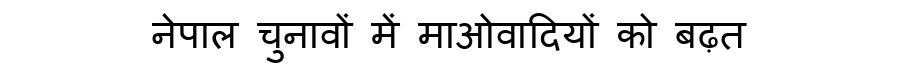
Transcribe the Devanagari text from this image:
नेपाल चुनावों में माओवादियों को बढ़त